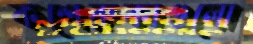
কশেরুকাগুলো